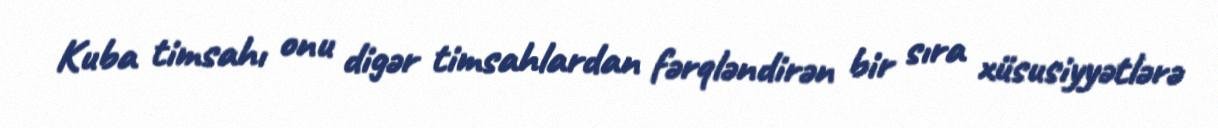
Kuba timsahı onu digər timsahlardan fərqləndirən bir sıra xüsusiyyətlərə